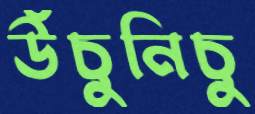
উঁচুনিচু